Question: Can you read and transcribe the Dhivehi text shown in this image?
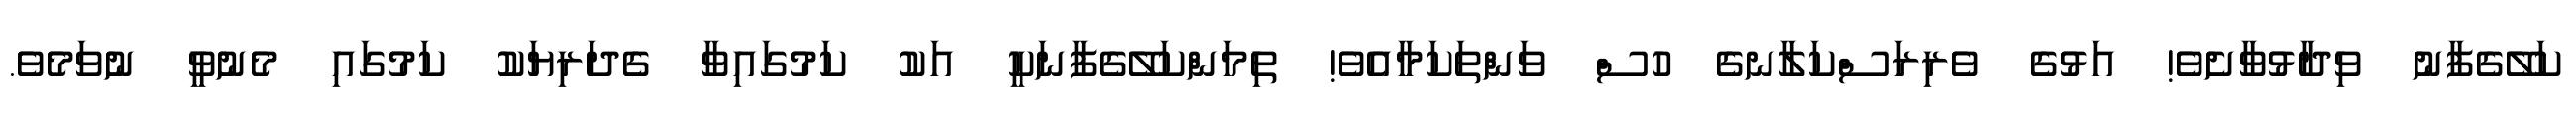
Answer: ކަލޭގެފާނު ވިދާޅުވާށެވެ! އަޅުގެ ވެރިރަސްކަލާނގެ ހުސް ވަންތަކަމާއެވެ! ތިމަންކަލޭގެފާނަކީ އަކު ކަމުގައިވާ ގެދަރިޔަކު ކަމުގައި މެނުވީ ނުވަމެވެ.